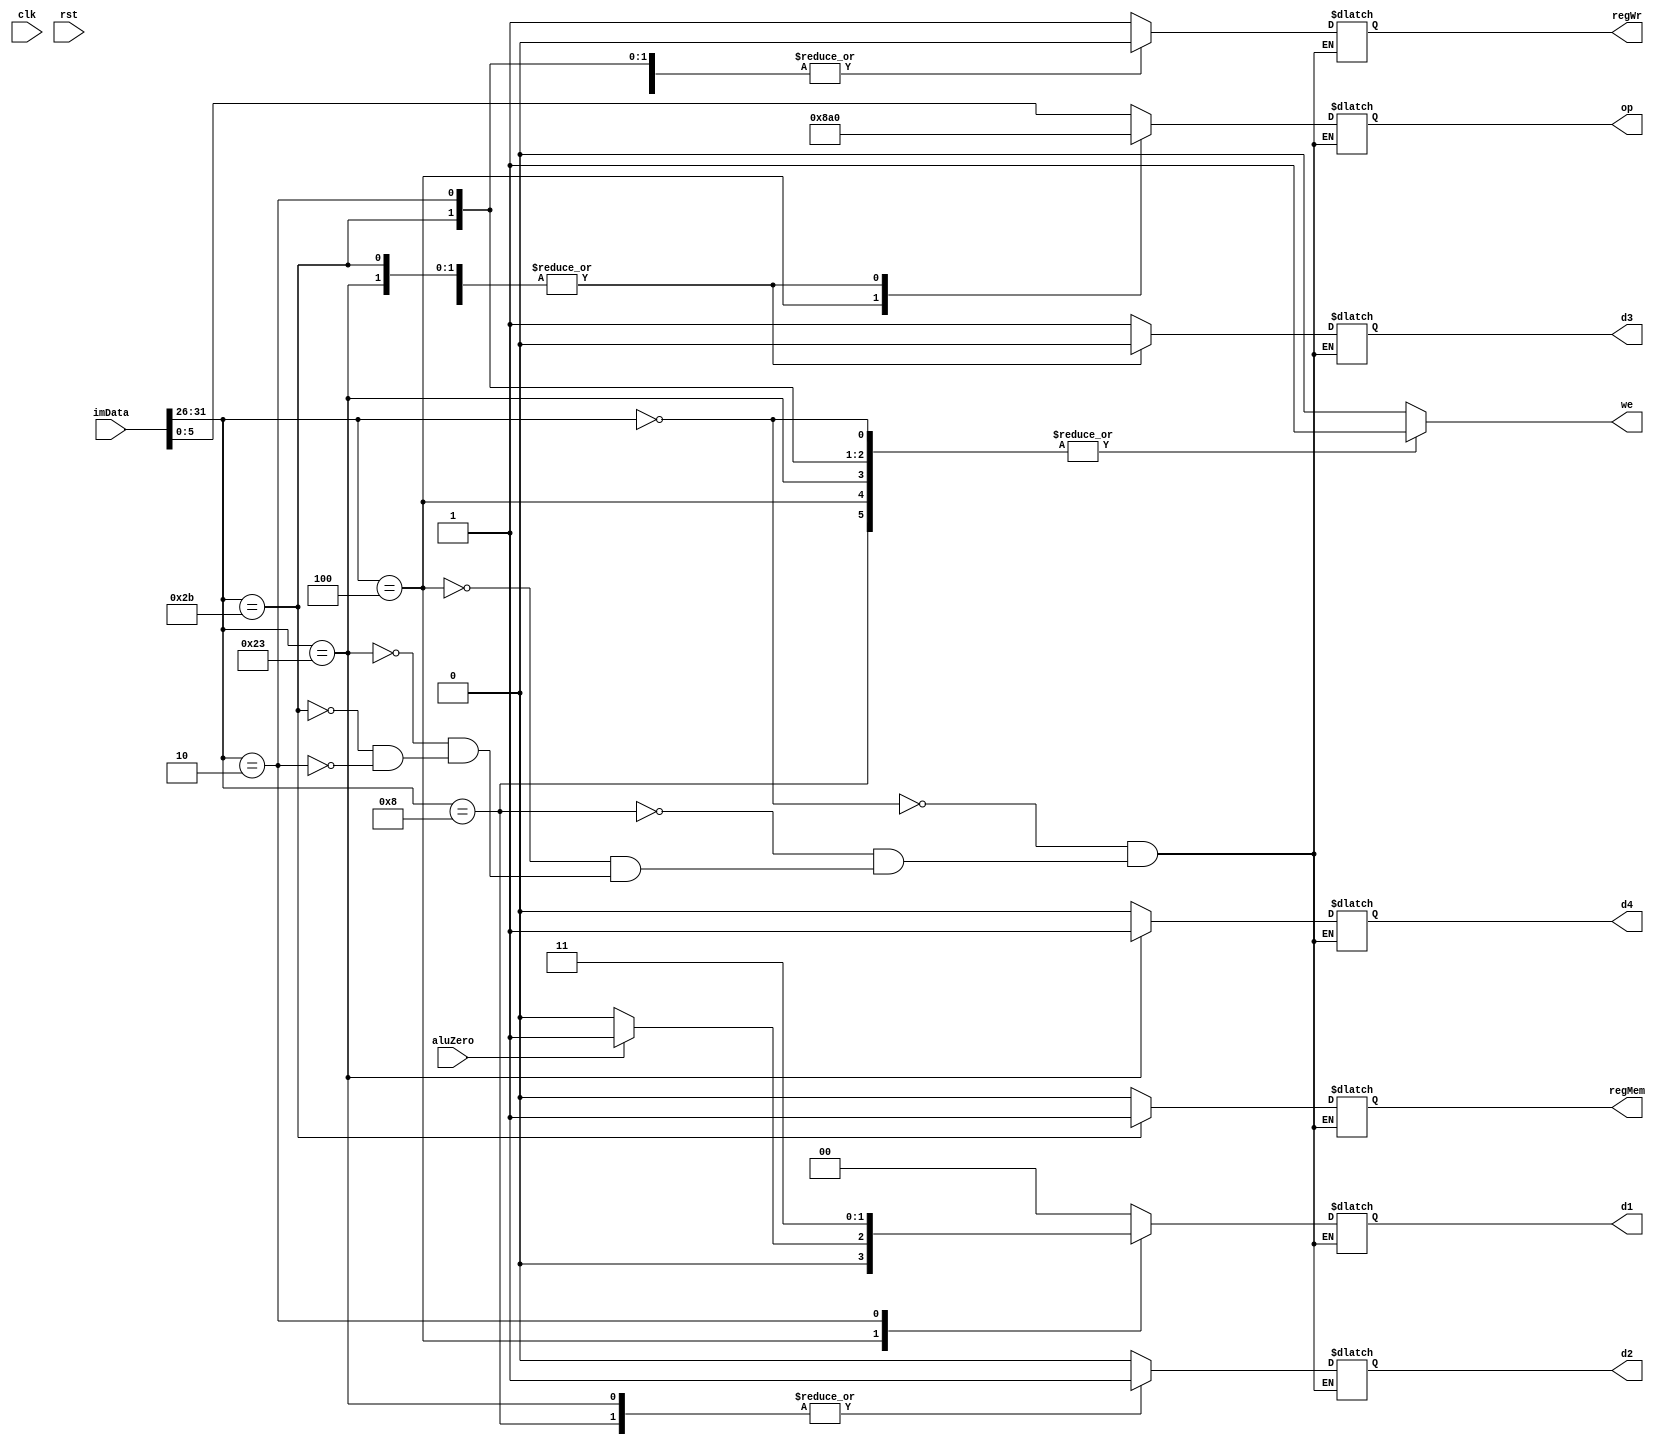
module control_path
(
    input clk,
    input rst,
    input [31:0] imData,
    input aluZero,
    output reg we,
    output reg regWr,
    output reg regMem,
    output reg [5:0] op,
    output reg [1:0] d1,
    output reg d2, 
    output reg d3,
    output reg d4
);

    always @ (*) begin
        case(imData[31:26])
            6'b000_000: begin
                d1 = 2'b00;
                d2 = 1'b0;
                d3 = 1'b1;
                d4 = 1'b0;
                we = 1;
                regWr = 1;
                regMem = 0;
                op = imData[5:0];
           end
            6'b001_000: begin
                d1 = 2'b00;
                d2 = 1'b1;
                d3 = 1'b0;
                d4 = 1'b0;
                we = 1;
                regWr = 1;
                regMem = 0;
                op = 6'b100_000;
            end
            6'b000_100: begin
                d1 = aluZero ? 2'b01 : 2'b00;
                d2 = 1'bx;
                d3 = 1'b1;
                d4 = 1'bx;
                we = 1;
                regWr = 0;
                regMem = 0;
                op = 6'b100_010;
            end
            6'b100_011: begin
                d1 = 2'b00;
                d2 = 1'b1;
                d3 = 1'b0;
                d4 = 1'b1;
                we = 1;
                regWr = 1;
                regMem = 0;
                op = 6'b100_000;
            end
            6'b101_011: begin
                d1 = 2'b00;
                d2 = 1'bx;
                d3 = 1'b0;
                d4 = 1'bx;
                we = 1;
                regWr = 0;
                regMem = 1;
                op = 6'b100_000; 
            end
            6'b000_010: begin
                d1 = 2'b11;
                d2 = 1'bx;
                d3 = 1'bx;
                d4 = 1'bx;
                we = 1;
                regWr = 0;
                regMem = 0;
                op = 6'bxxx_xxx; 
            end
            default: we = 0;
        endcase
    end
endmodule